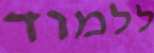
ללמוד